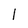
Character: 1